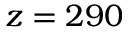
z = 2 9 0